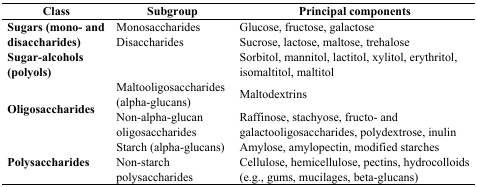
| Class | Subgroup | Principal components |
 | --- | --- | --- |
 | <ROWSPAN=2> Sugars (mono- and disaccharides) | Monosaccharides | Glucose, fructose, galactose |
 | Disaccharides | Sucrose, lactose, maltose, trehalose |
 | Sugar-alcohols (polyols) |  | Sorbitol, mannitol, lactitol, xylitol, erythritol, isomaltitol, maltitol |
 | <ROWSPAN=2> Oligosaccharides | Maltooligosaccharides (alpha-glucans) | Maltodextrins |
 | Non-alpha-glucan oligosaccharides | Raffinose, stachyose, fructo- and galactooligosaccharides, polydextrose, inulin |
 | <ROWSPAN=2> Polysaccharides | Starch (alpha-glucans) | Amylose, amylopectin, modified starches |
 | Non-starch polysaccharides | Cellulose, hemicellulose, pectins, hydrocolloids (e.g., gums, mucilages, beta-glucans) |